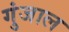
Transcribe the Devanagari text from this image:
गुंजाल